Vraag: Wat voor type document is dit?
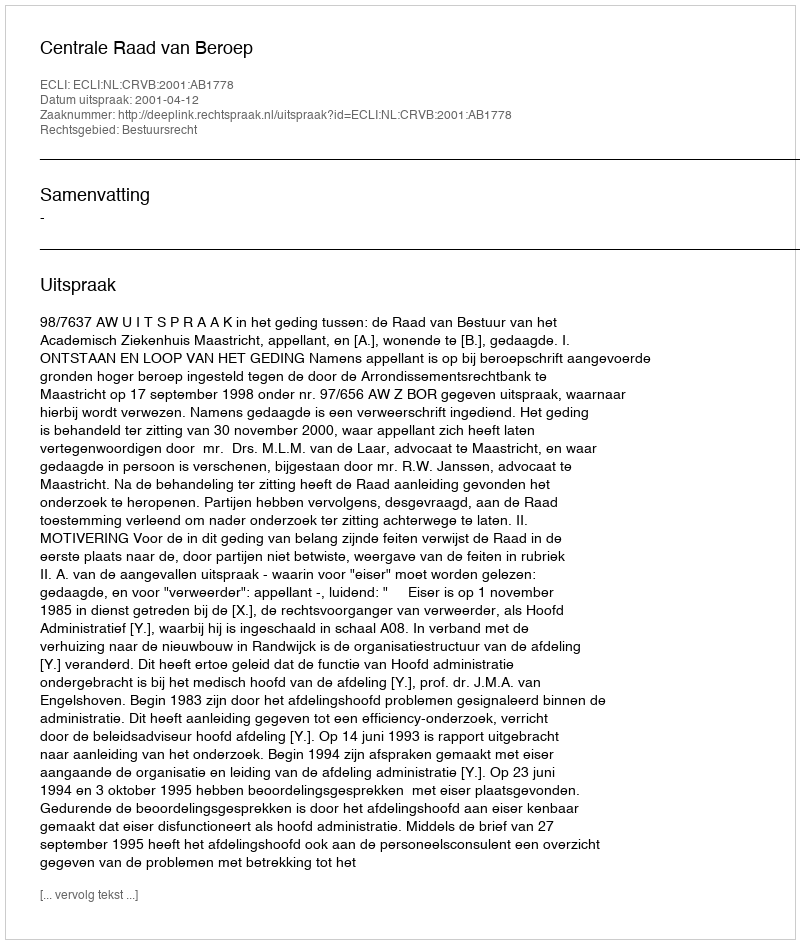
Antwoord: Uitspraak